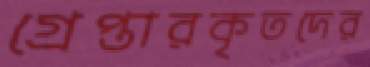
গ্রেপ্তারকৃতদের